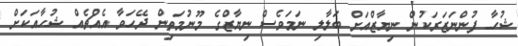
ޝުހާ ފުންނަޒަރަކުން ނިޔާޒްއަށް ބަލާލި ނަމަވެސް ނިޔާޒްގެ މޫނުމަތިން ދޭހަވާ އެއްޗެއް ޝުހާއަކަށް